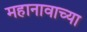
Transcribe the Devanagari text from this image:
महानावाच्या